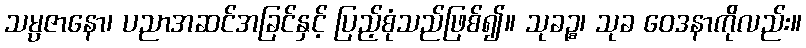
သမ္ပဇာနော၊ ပညာအဆင်အခြင်နှင့် ပြည့်စုံသည်ဖြစ်၍။ သုခဉ္စ၊ သုခ ဝေဒနာကိုလည်း။